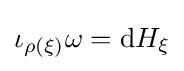
\iota _{\rho (\xi )}\omega =\mathrm {d} H_{\xi }